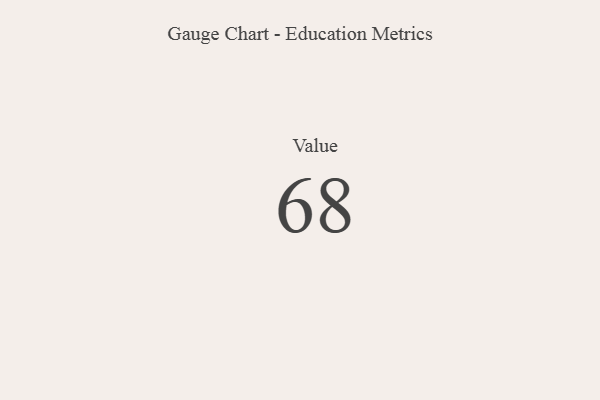
{"axis": {"x": "Metric", "y": "Value"}, "legend": [""], "data": [{"x": "Value", "y": 68, "type": ""}]}